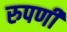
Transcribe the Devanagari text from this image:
रुपणी